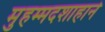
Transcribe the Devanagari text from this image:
मुहम्मदशाहाने